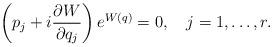
LaTeX: \begin{align*}\left(p_j+i{\partial W\over{\partial q_j}}\right)e^{W(q)}=0,\quad j=1,\ldots,r. \end{align*}